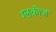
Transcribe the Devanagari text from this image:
ग्लकोज